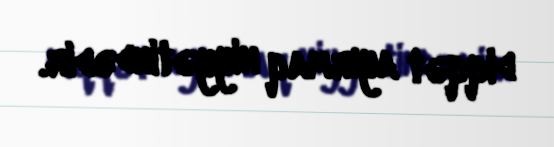
diqqət ayırmaq niyyətindədir.